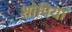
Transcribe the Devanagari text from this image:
शोपियां